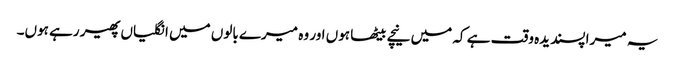
یہ میرا پسندیدہ وقت ہے کہ میں نیچے بیٹھا ہوں اور وہ میرے بالوں میں انگلیاں پھیر رہے ہوں۔